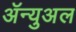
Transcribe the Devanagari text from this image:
ॲन्युअल